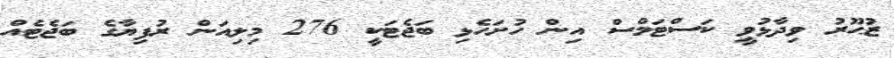
ޒުޙޫރު ވިދާޅުވީ ކަސްޓަމްސް އިން ހުށަހެޅި ބަޖެޓަކީ 276 މިލިއަން ރުފިޔާގެ ބަޖެޓެއް